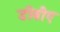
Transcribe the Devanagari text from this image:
डीबीए